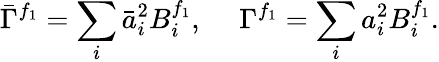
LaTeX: \bar{\Gamma}^{f_{1}}=\sum_{i}\bar{a}_{i}^{2}B_{i}^{f_{1}},\ \ \ \ \ \Gamma^{f_{1}}=\sum_{i}a_{i}^{2}B_{i}^{f_{1}}.